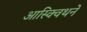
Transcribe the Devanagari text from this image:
आस्क्विथने